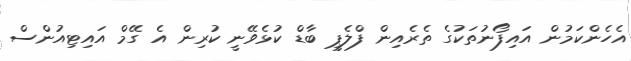
އެހެންކަމުން އައިފޯނުތަކުގެ ތެރެއިން ފްލެޕީ ބާޑް ކުޅެވޭނީ ކުރިން އެ ގޭމް އައިޓިއުންސް